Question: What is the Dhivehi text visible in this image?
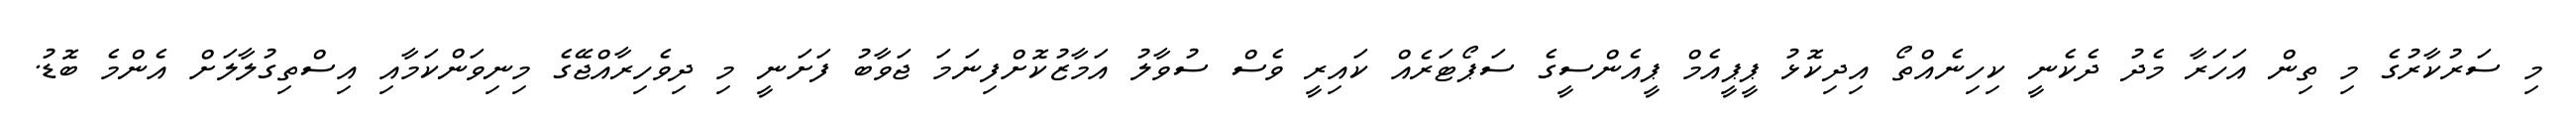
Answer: މި ސަރުކާރުގެ މި ތިން އަހަރާ މެދު ދެކެނީ ކިހިނެއްތޯ އިދިކޮޅު ޕީޕީއެމް ޕީއެންސީގެ ސަޕޯޓަރެއް ކައިރީ ވެސް ސުވާލު އަމާޒުކޮށްފިނަމަ ޖަވާބު ފަށަނީ މި ދިވެހިރާއްޖޭގެ މިނިވަންކަމާއި އިސްތިގުލާލަށް އެންމެ ބޮޑު.